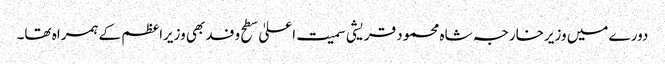
دورے میں وزیرخارجہ شاہ محمود قریشی سمیت اعلیٰ سطح وفد بھی وزیراعظم کے ہمراہ تھا۔